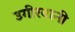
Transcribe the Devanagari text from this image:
उगीरवानी